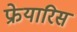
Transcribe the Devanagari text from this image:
फ्रेयारिस